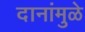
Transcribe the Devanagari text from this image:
दानांमुळे